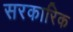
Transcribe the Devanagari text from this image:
सरकारिक